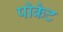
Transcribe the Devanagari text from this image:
पोकेट